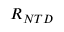
R _ { N T D }